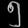
Digit: ၅